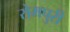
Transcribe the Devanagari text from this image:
रोमपुरी